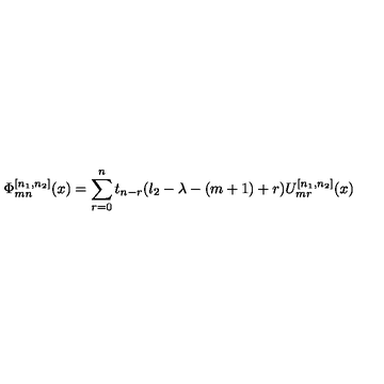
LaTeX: \Phi _ { m n } ^ { [ n _ { 1 } , n _ { 2 } ] } ( x ) = \sum _ { r = 0 } ^ { n } t _ { n - r } ( l _ { 2 } - \lambda - ( m + 1 ) + r ) U _ { m r } ^ { [ n _ { 1 } , n _ { 2 } ] } ( x )